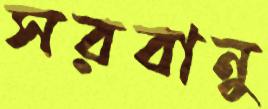
সরবানু